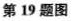
第19题图